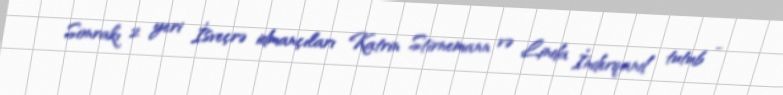
Sonrakı 2 yeri İsveçrə idmançıları Katrin Stirnemann və Linda İnderqand tutub -